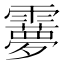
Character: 𩆠